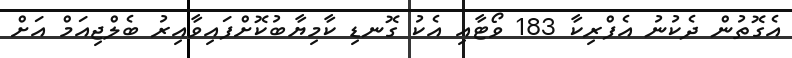
އެގޮތުން ދެކުނު އެފްރިކާ 183 ވޯޓާއި އެކު ގޮނޑި ކާމިޔާބުކޮށްފައިވާއިރު ބެލްޖިއަމް އަށް